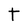
Character: t